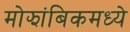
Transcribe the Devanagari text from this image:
मोझांबिकमध्ये